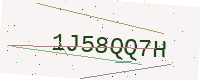
Text: 1J58QQ7H